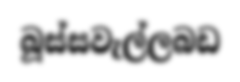
බූස්සවැල්ලබඩ